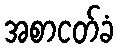
အစာငတ်ခံ